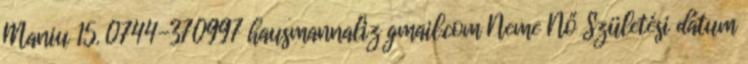
Maniu 15. 0744-370997 hausmannaliz gmail.com Neme Nő Születési dátum